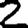
Digit: 2